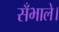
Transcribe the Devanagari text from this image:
सँभाले।